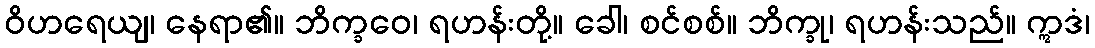
ဝိဟရေယျ၊ နေရာ၏။ ဘိက္ခဝေ၊ ရဟန်းတို့။ ခေါ၊ စင်စစ်။ ဘိက္ခု၊ ရဟန်းသည်။ ဣဒံ၊